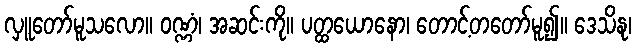
လှူတော်မူသလော။ ဝဏ္ဏံ၊ အဆင်းကို။ ပတ္ထယောနော၊ တောင့်တတော်မူ၍။ ဒေသိနု၊